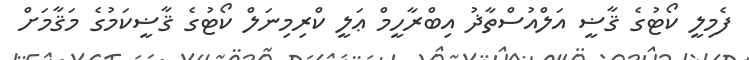
ފެމިލީ ކޯޓުގެ ޤާޟީ އަލްއުސްތާޛު އިބްރާހީމް ޢަލީ ކްރިމިނަލް ކޯޓުގެ ޤާޟީކަމުގެ މަޤާމަށް